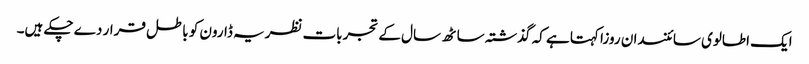
ایک اطالوی سائنسدان روزا کہتا ہے کہ گذشتہ ساٹھ سال کے تجربات نظریہ ڈارون کو باطل قرار دے چکے ہیں۔